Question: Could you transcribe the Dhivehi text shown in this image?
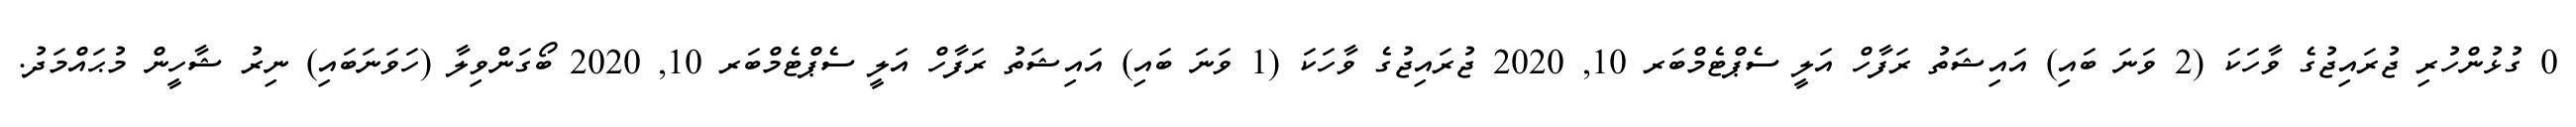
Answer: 0 ގުޅުންހުރި ޖުރައިޖުގެ ވާހަކަ (2 ވަނަ ބައި) އައިޝަތު ރަފާހް އަލީ ސެޕްޓެމްބަރ 10, 2020 ޖުރައިޖުގެ ވާހަކަ (1 ވަނަ ބައި) އައިޝަތު ރަފާހް އަލީ ސެޕްޓެމްބަރ 10, 2020 ބޯގަންވިލާ (ހަވަނަބައި) ނިރު ޝާހީން މުޙައްމަދު.